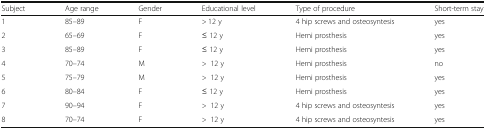
<table><thead><tr><td><b>Subject</b></td><td><b>Age range</b></td><td><b>Gender</b></td><td><b>Educational level</b></td><td><b>Type of procedure</b></td><td><b>Short-term stay</b></td></tr></thead><tbody><tr><td>1</td><td>85–89</td><td>F</td><td>&gt; 12 y</td><td>4 hip screws and osteosyntesis</td><td>yes</td></tr><tr><td>2</td><td>65–69</td><td>F</td><td>≤ 12 y</td><td>Hemi prosthesis</td><td>yes</td></tr><tr><td>3</td><td>85–89</td><td>F</td><td>≤ 12 y</td><td>Hemi prosthesis</td><td>yes</td></tr><tr><td>4</td><td>70–74</td><td>M</td><td>&gt;12 y</td><td>Hemi prosthesis</td><td>no</td></tr><tr><td>5</td><td>75–79</td><td>M</td><td>&gt;12 y</td><td>Hemi prosthesis</td><td>yes</td></tr><tr><td>6</td><td>80–84</td><td>F</td><td>≤ 12 y</td><td>Hemi prosthesis</td><td>yes</td></tr><tr><td>7</td><td>90–94</td><td>F</td><td>&gt;12 y</td><td>4 hip screws and osteosyntesis</td><td>yes</td></tr><tr><td>8</td><td>70–74</td><td>F</td><td>&gt;12 y</td><td>4 hip screws and osteosyntesis</td><td>yes</td></tr></tbody></table>